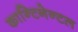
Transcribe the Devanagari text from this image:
कान्टिनेन्टल